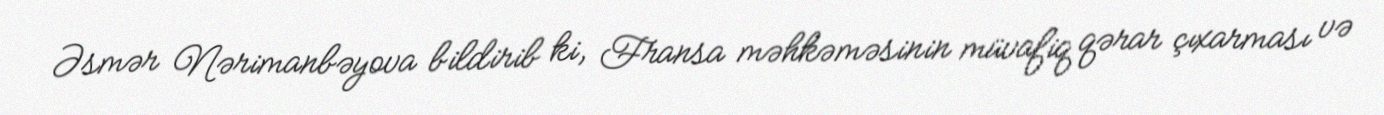
Əsmər Nərimanbəyova bildirib ki, Fransa məhkəməsinin müvafiq qərar çıxarması və